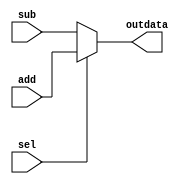
module Mux2_1(add,sub,sel,outdata);
   
  output [7:0] outdata;
  input [7:0] add,sub;
  input sel;
  reg [7:0] outdata;

 always@(add or sub or sel)
    if(sel == 1'b1)
	outdata  = add;
    else
	outdata = sub;
endmodule